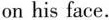
on his face.